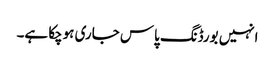
انہیں بورڈنگ پاس جاری ہوچکا ہے۔